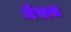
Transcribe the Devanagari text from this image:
मेंसल